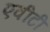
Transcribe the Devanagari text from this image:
एवीटी